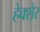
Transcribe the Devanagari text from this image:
हेक्शेर